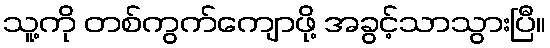
သူ့ကို တစ်ကွက်ကျောဖို့ အခွင့်သာသွားပြီ။